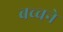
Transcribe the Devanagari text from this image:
बच्चने